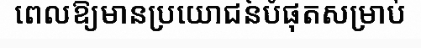
ពេលឱ្យមានប្រយោជន៍បំផុតសម្រាប់